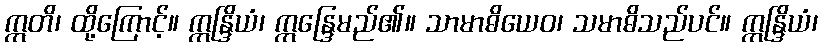
ဣတိ၊ ထို့ကြောင့်။ ဣန္ဒြိယံ၊ ဣန္ဒြေမည်၏။ သာမာဓိယေဝ၊ သမာဓိသည်ပင်။ ဣန္ဒြိယံ၊